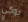
بوكي